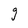
Character: g